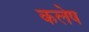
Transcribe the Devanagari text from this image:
कलेष